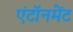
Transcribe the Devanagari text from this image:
एंटॉनमेंट